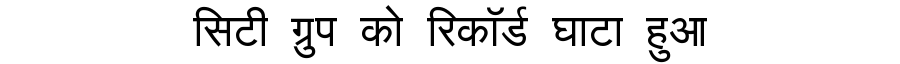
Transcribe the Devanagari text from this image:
सिटी ग्रुप को रिकॉर्ड घाटा हुआ